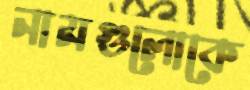
নামগুলোকে